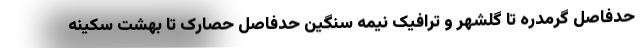
حدفاصل گرمدره تا گلشهر و ترافیک نیمه سنگین حدفاصل حصارک تا بهشت سکینه